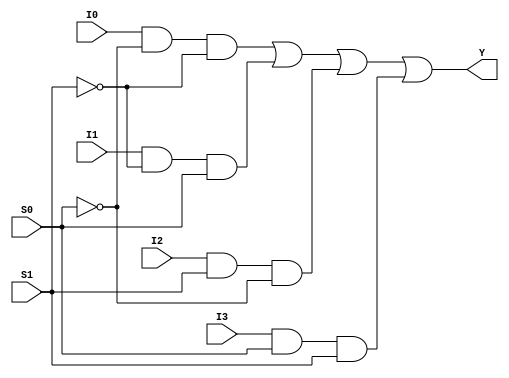
// SM : Task 1 A : Combinational Circuit
/*
Instructions
-------------------
Students are not allowed to make any changes in the Module declaration.
This file is used to design 4:1 Multiplexer.

Recommended Quartus Version : 19.1
The submitted project file must be 19.1 compatible as the evaluation will be done on Quartus Prime Lite 19.1.

Warning: The error due to compatibility will not be entertained.
			Do not make any changes to Test_Bench_Vector.txt file. Violating will result into Disqualification.
-------------------
*/

//4:1 MUX design
//Inputs  : I3(MSB), I2, I1, I0(LSB) and Select Lines : S1(MSB), S0(LSB)
//Output  : Y

//////////////////DO NOT MAKE ANY CHANGES IN MODULE//////////////////
module Mux_4_to_1(
	input		I3,       //INPUT I3(MSB)
	input		I2,		 //INPUT I2
	input		I1,       //INPUT I1
	input		I0,		 //INPUT I0
	input		S1,       //SELECT INPUT S1(MSB)
	input		S0,		 //SELECT INPUT S0(LSB)
	output	Y			 //OUTPUT Y
);

////////////////////////WRITE YOUR CODE FROM HERE//////////////////// 
	 
	assign Y=I0&(~S0)&(~S1) | I1&(~S1)&S0 | I2&S1&(~S0) | I3&S0&S1;
 	
	
	

////////////////////////YOUR CODE ENDS HERE//////////////////////////
endmodule
///////////////////////////////MODULE ENDS///////////////////////////